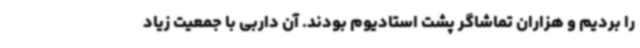
را بردیم و هزاران تماشاگر پشت استادیوم بودند. آن داربی با جمعیت زیاد